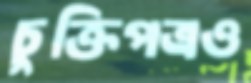
চুক্তিপত্রও